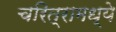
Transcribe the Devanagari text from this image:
चरित्रामध्ये